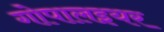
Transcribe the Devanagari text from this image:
गोपालइयर